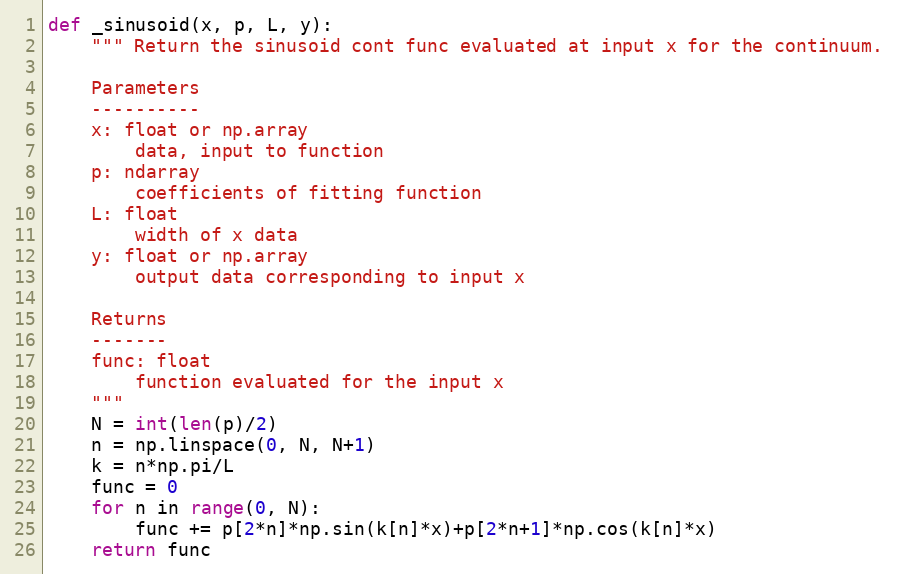
Language: Python
def _sinusoid(x, p, L, y):
    """ Return the sinusoid cont func evaluated at input x for the continuum.

    Parameters
    ----------
    x: float or np.array
        data, input to function
    p: ndarray
        coefficients of fitting function
    L: float
        width of x data
    y: float or np.array
        output data corresponding to input x

    Returns
    -------
    func: float
        function evaluated for the input x
    """
    N = int(len(p)/2)
    n = np.linspace(0, N, N+1)
    k = n*np.pi/L
    func = 0
    for n in range(0, N):
        func += p[2*n]*np.sin(k[n]*x)+p[2*n+1]*np.cos(k[n]*x)
    return func